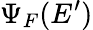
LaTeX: \Psi_{F}(E^{\prime})